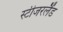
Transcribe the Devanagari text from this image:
स्टीजरलैंड